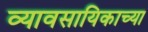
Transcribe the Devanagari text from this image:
व्यावसायिकाच्या